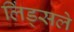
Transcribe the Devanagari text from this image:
लिंड्सले